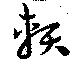
頼